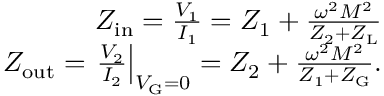
\begin{array} { r } { Z _ { \mathrm { i n } } = \frac { V _ { 1 } } { I _ { 1 } } = Z _ { 1 } + \frac { \omega ^ { 2 } M ^ { 2 } } { Z _ { 2 } + Z _ { \mathrm { L } } } } \\ { Z _ { \mathrm { o u t } } = \left. \frac { V _ { 2 } } { I _ { 2 } } \right| _ { V _ { \mathrm { G } } = 0 } = Z _ { 2 } + \frac { \omega ^ { 2 } M ^ { 2 } } { Z _ { 1 } + Z _ { \mathrm { G } } } . } \end{array}